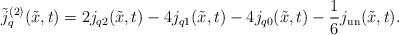
LaTeX: \begin{align*}\tilde j^{(2)}_q(\tilde x, t)= 2j_{q2}(\tilde x, t)-4j_{q1}(\tilde x, t)-4j_{q0}(\tilde x, t)-\frac{1}{6} j_{\rm un}(\tilde x, t).\end{align*}